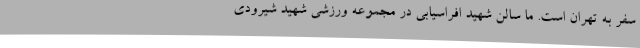
سفر به تهران است. ما سالن شهید افراسیابی در مجموعه ورزشی شهید شیرودی